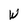
Character: W